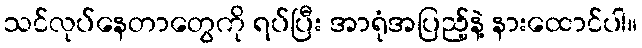
သင်လုပ်နေတာတွေကို ရပ်ပြီး အာရုံအပြည့်နဲ့ နားထောင်ပါ။